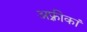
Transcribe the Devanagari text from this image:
अफ़्रीकां